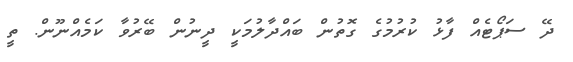
ދޭ ސަޕޯޓެއް ފާޅު ކުރުމުގެ ގޮތުން ބައްދާލުމަކީ ދީނުން ބޭރުވާ ކަމެއްނޫން. ތީ